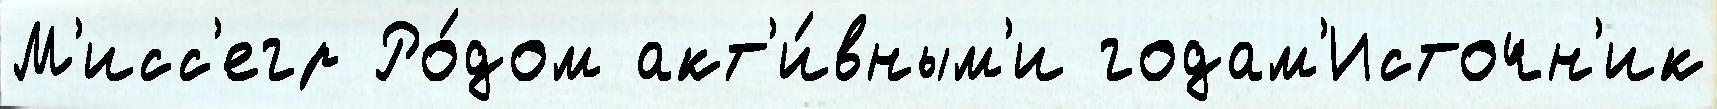
М'исс'егр Ро́дом акт'и́вным'и годам'Источн'ик